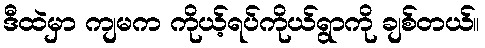
ဒီထဲမှာ ကျမက ကိုယ့်ရပ်ကိုယ်ရွာကို ချစ်တယ်။